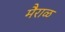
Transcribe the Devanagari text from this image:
मैराळ